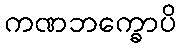
ကဏဘက္ခောပိ